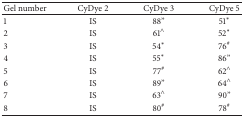
<table><thead><tr><td><b>Gel number</b></td><td><b>CyDye 2</b></td><td><b>CyDye 3</b></td><td><b>CyDye 5</b></td></tr></thead><tbody><tr><td>1</td><td>IS</td><td>88”</td><td>51<sup><i>∗</i></sup></td></tr><tr><td>2</td><td>IS</td><td>61<sup>∧</sup></td><td>52<sup><i>∗</i></sup></td></tr><tr><td>3</td><td>IS </td><td>54<sup><i>∗</i></sup></td><td>76<sup>#</sup></td></tr><tr><td>4</td><td>IS</td><td>55<sup><i>∗</i></sup></td><td>86”</td></tr><tr><td>5</td><td>IS</td><td>77<sup>#</sup></td><td>62<sup>∧</sup></td></tr><tr><td>6</td><td>IS</td><td>89”</td><td>64<sup>∧</sup></td></tr><tr><td>7</td><td>IS</td><td>63<sup>∧</sup></td><td>90”</td></tr><tr><td>8</td><td>IS</td><td>80<sup>#</sup></td><td>78<sup>#</sup></td></tr></tbody></table>